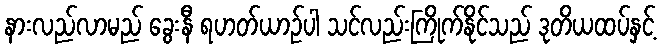
နားလည်လာမည် ခွေးနီ ရဟတ်ယာဉ်ပါ သင်လည်းကြိုက်နိုင်သည် ဒုတိယထပ်နှင့်